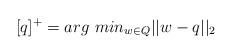
LaTeX: \begin{align*} [q]^+=arg~min_{w \in Q}||w-q||_2 \end{align*}